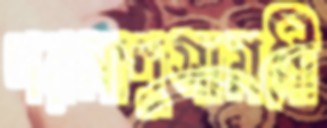
পরমাণুসামগ্রী